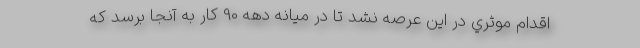
اقدام موثري در اين عرصه نشد تا در ميانه دهه 90 كار به آنجا برسد كه